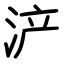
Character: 浐